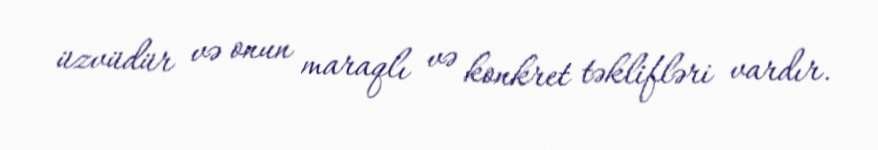
üzvüdür və onun maraqlı və konkret təklifləri vardır.